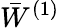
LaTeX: \bar{W}^{(1)}